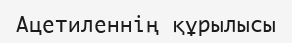
Ацетиленнің құрылысы